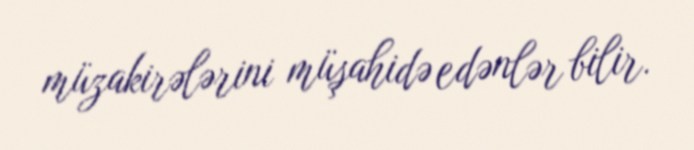
müzakirələrini müşahidə edənlər bilir.